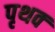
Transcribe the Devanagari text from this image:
पृथक्‍